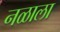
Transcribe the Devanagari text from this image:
नळाला